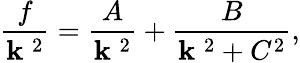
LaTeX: {\frac{f}{{\mathbf k}^{\; 2}}}={\frac{A}{{\mathbf k}^{\; 2}}}+{\frac{B}{{\mathbf k}^{\; 2}+C^{2}}},